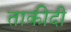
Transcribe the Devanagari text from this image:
ताकीदी